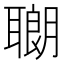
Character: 𫆍